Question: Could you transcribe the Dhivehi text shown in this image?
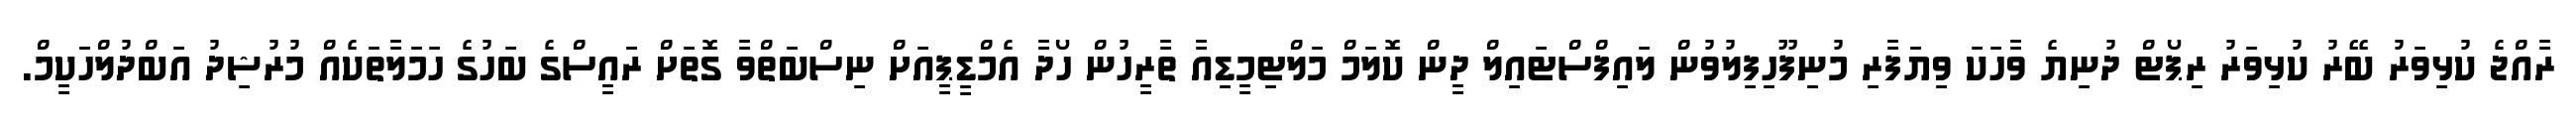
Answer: ރާއްޖެ ކުޅިވަރު ބޭރު ކުޅިވަރު ރިޕޯޓް ދުނިޔެ ވާހަކަ ވިޔަފާރި މުނިފޫހިފިލުވުން ލައިފްސްޓައިލް ދީން ކޮލަމް މަލްޓިމީޑިއާ ތާރީހުން ހޯދާ އެމްޑީޕީއަށް ނިސްބަތްވާ ގޮތަށް ރައީސްގެ ބަހުގެ ހަމަލާތަކެއް މުރުޝިދު އަބްދުލްހަކީމް.